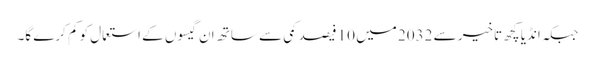
جبکہ انڈیا کچھ تاخیر سے 2032 میں 10 فیصد کمی سے ساتھ ان گیسوں کے استعمال کو کم کرے گا۔